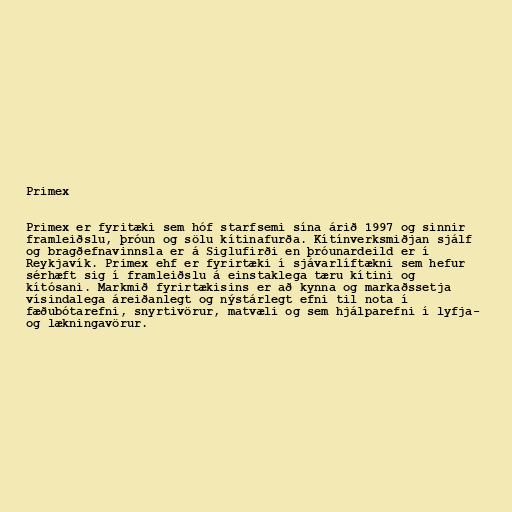
Primex

Primex er fyritæki sem hóf starfsemi sína árið 1997 og sinnir
framleiðslu, þróun og sölu kítinafurða. Kítínverksmiðjan sjálf
og bragðefnavinnsla er á Siglufirði en þróunardeild er í
Reykjavík. Primex ehf er fyrirtæki í sjávarlíftækni sem hefur
sérhæft sig í framleiðslu á einstaklega tæru kítini og
kítósani. Markmið fyrirtækisins er að kynna og markaðssetja
vísindalega áreiðanlegt og nýstárlegt efni til nota í
fæðubótarefni, snyrtivörur, matvæli og sem hjálparefni í lyfja-
og lækningavörur.